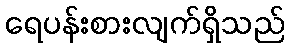
ရေပန်းစားလျက်ရှိသည်